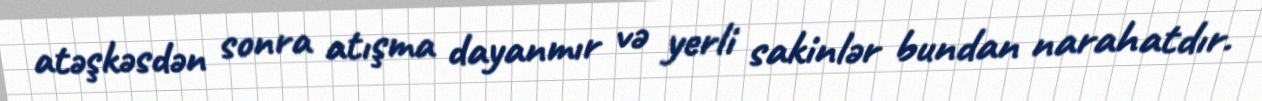
atəşkəsdən sonra atışma dayanmır və yerli sakinlər bundan narahatdır.